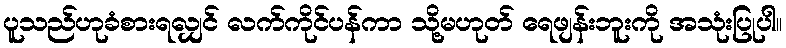
ပူသည်ဟုခံစားရလျှင် လက်ကိုင်ပန်ကာ သို့မဟုတ် ရေဖျန်းဘူးကို အသုံးပြုပါ။